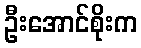
ဦးအောင်စိုးက